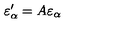
\varepsilon _ { \alpha } ^ { \prime } = A \varepsilon _ { \alpha }